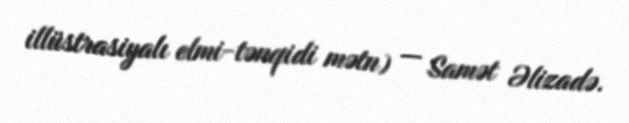
illüstrasiyalı elmi-tənqidi mətn) — Samət Əlizadə.